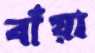
বাঁয়া